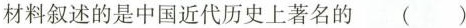
材料叙述的是中国近代历史上著名的 （）